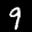
Label: 9